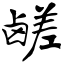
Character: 鹾